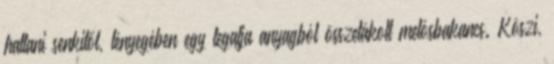
hallani senkitől, lényegében egy legalja anyagból összetákolt melósbakancs. Köszi,